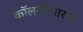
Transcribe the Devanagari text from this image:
कॉलनीनंतरचा